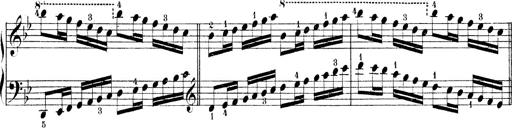
Title: Technische Studien
Composer: Franz Liszt